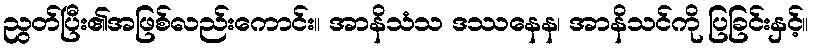
ညွတ်ပြီး၏အဖြစ်လည်းကောင်း။ အာနိသံသ ဒဿနေန၊ အာနိသင်ကို ပြခြင်းနှင့်။